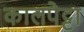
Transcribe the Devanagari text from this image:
कालपेट्टा